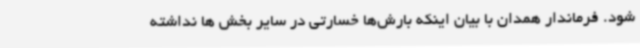
شود. فرماندار همدان با بیان اینکه بارش‌ها خسارتی در سایر بخش ها نداشته